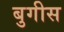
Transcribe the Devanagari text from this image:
बुगीस